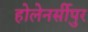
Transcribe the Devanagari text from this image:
होलेनर्सीपुर